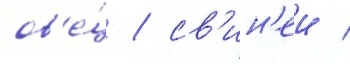
ов'е́ц / св'ин'еи /